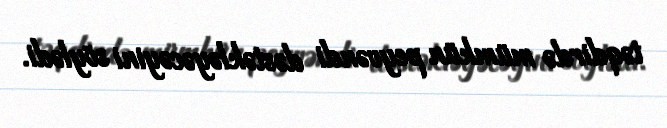
təqdirdə mümkün peyvəndi dəstəkləyəcəyini söylədi.